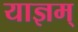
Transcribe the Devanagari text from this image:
याज्ञम्